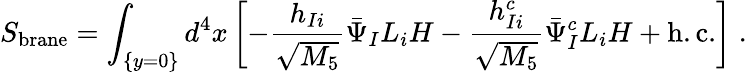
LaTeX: S_{\mathrm{brane}}=\int_{\{ y=0\} }d^{4}x\left[-\frac{h_{Ii}}{\sqrt{M_{5}}}\bar{\Psi}_{I}L_{i}H-\frac{h_{Ii}^{c}}{\sqrt{M_{5}}}\bar{\Psi}_{I}^{c}L_{i}H+\mathrm{h.c.}\right]\; .